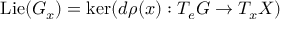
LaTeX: \operatorname { L i e } ( G _ { x } ) = \ker ( d \rho ( x ) : T _ { e } G \to T _ { x } X )